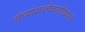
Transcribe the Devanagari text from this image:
संध्यांशश्चैवताद्वियः॥